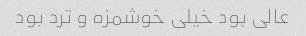
عالی بود خیلی خوشمزه و ترد بود